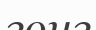
гонг